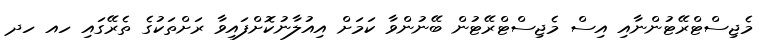
މެޖިސްޓްރޭޓުންނާއި އިސް މެޖިސްޓްރޭޓުން ބޭނުންވާ ކަމަށް އިއުލާނުކޮށްފައިވާ ރަށްތަކުގެ ތެރޭގައި ހއ ހދ